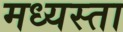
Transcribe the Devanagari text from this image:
मध्‍यस्ता